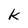
Character: k